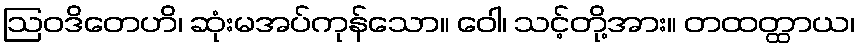
ဩဝဒိတေဟိ၊ ဆုံးမအပ်ကုန်သော။ ဝေါ၊ သင့်တို့အား။ တထတ္ထာယ၊